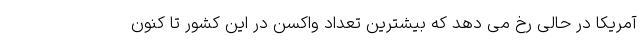
آمریکا در حالی رخ می دهد که بیشترین تعداد واکسن در این کشور تا کنون